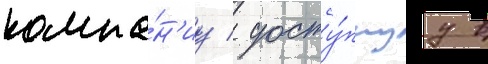
компа́н'иу / досту́пнуу в